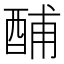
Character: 酺